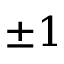
\pm 1